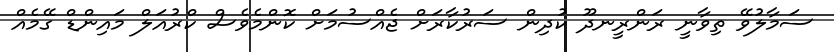
ސަމާލުވޭ ތިވާނީ ރަންރީނދޫ ކުދިން ސަރުކާރަށް ޖެއްސުމަށް ކޮންމެވެސް ކްރުއަލް މައިންޑް ގޭމެއް